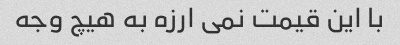
با این قیمت نمی ارزه به هیچ وجه